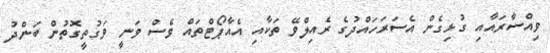
ވިއްސާރައާއި ގުޅިގެން އެސަރަހައްދުގެ ރެއިލްވޭ ތަކާއި އެއާޕޯޓްތައް ވެސް ވަނީ ވަގުތީގޮތުން ބަންދު